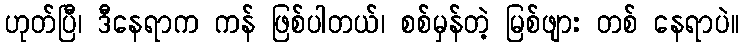
ဟုတ်ပြီ၊ ဒီနေရာက ကန် ဖြစ်ပါတယ်၊ စစ်မှန်တဲ့ မြစ်ဖျား တစ် နေရာပဲ။